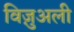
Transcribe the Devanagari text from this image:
विज़ुअली